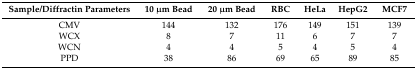
| Sample/Diffractin Parameters | 10 μm Bead | 20 μm Bead | RBC | HeLa | HepG2 | MCF7 |
 | --- | --- | --- | --- | --- | --- | --- |
 | CMV | 144 | 132 | 176 | 149 | 151 | 139 |
 | WCX | 8 | 7 | 11 | 6 | 7 | 7 |
 | WCN | 4 | 4 | 5 | 4 | 5 | 4 |
 | PPD | 38 | 86 | 69 | 65 | 89 | 85 |